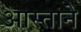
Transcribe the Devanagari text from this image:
आस्ताने